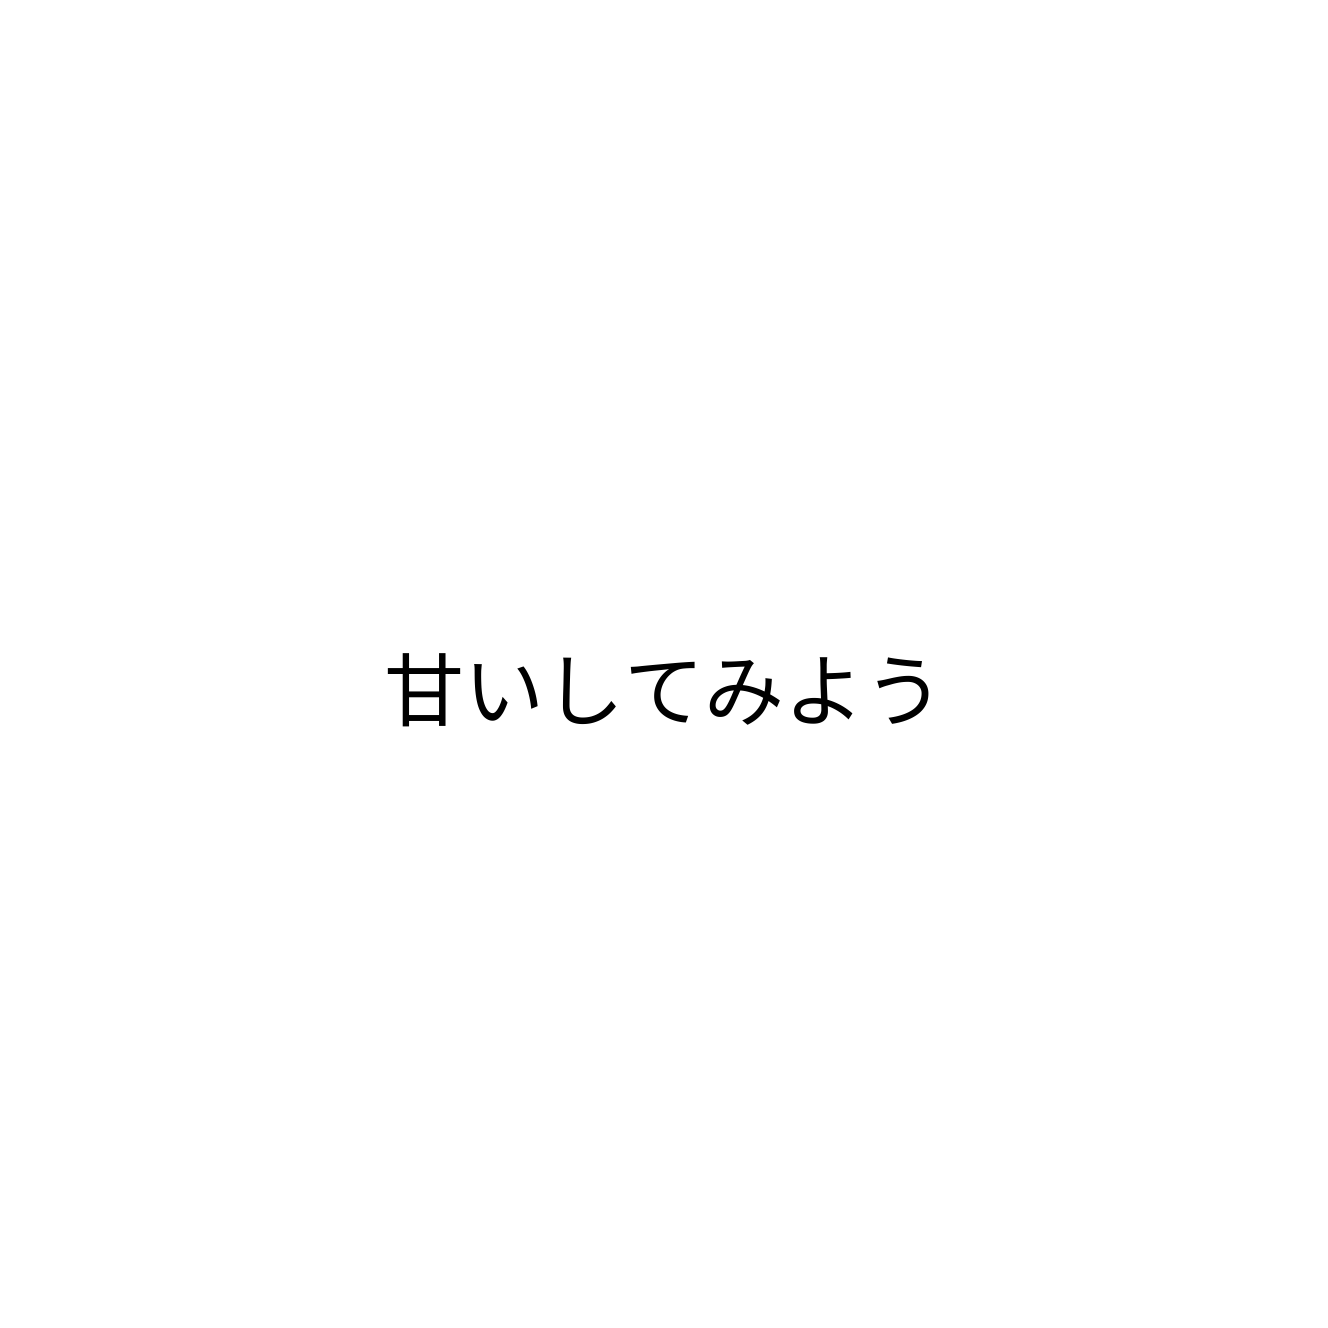
甘いしてみよう